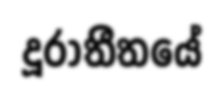
දූරාතීතයේ